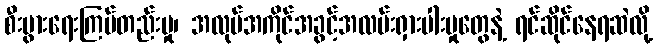
စီးပွားရေးကြပ်တည်းမှု၊ အလုပ်အကိုင်အခွင့်အလမ်းရှားပါးမှုတွေနဲ့ ရင်ဆိုင်နေရဆဲလို့